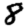
Digit: 8